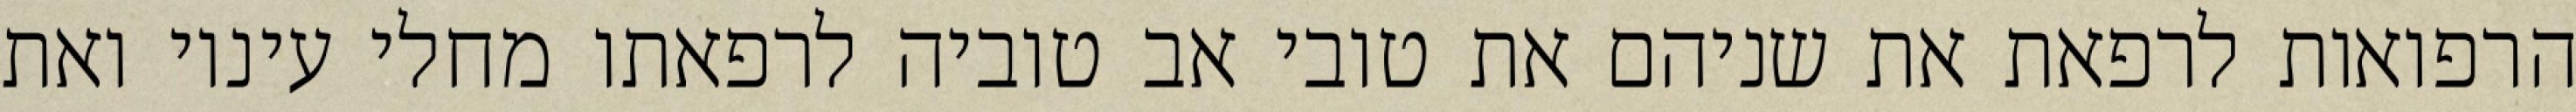
הרפואות לרפאת את שניהם את טובי אב טוביה לרפאתו מחלי עיניו ואת